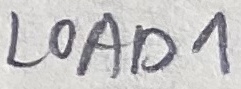
Text: LOAD1